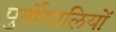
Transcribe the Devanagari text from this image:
पुर्तोगालियों